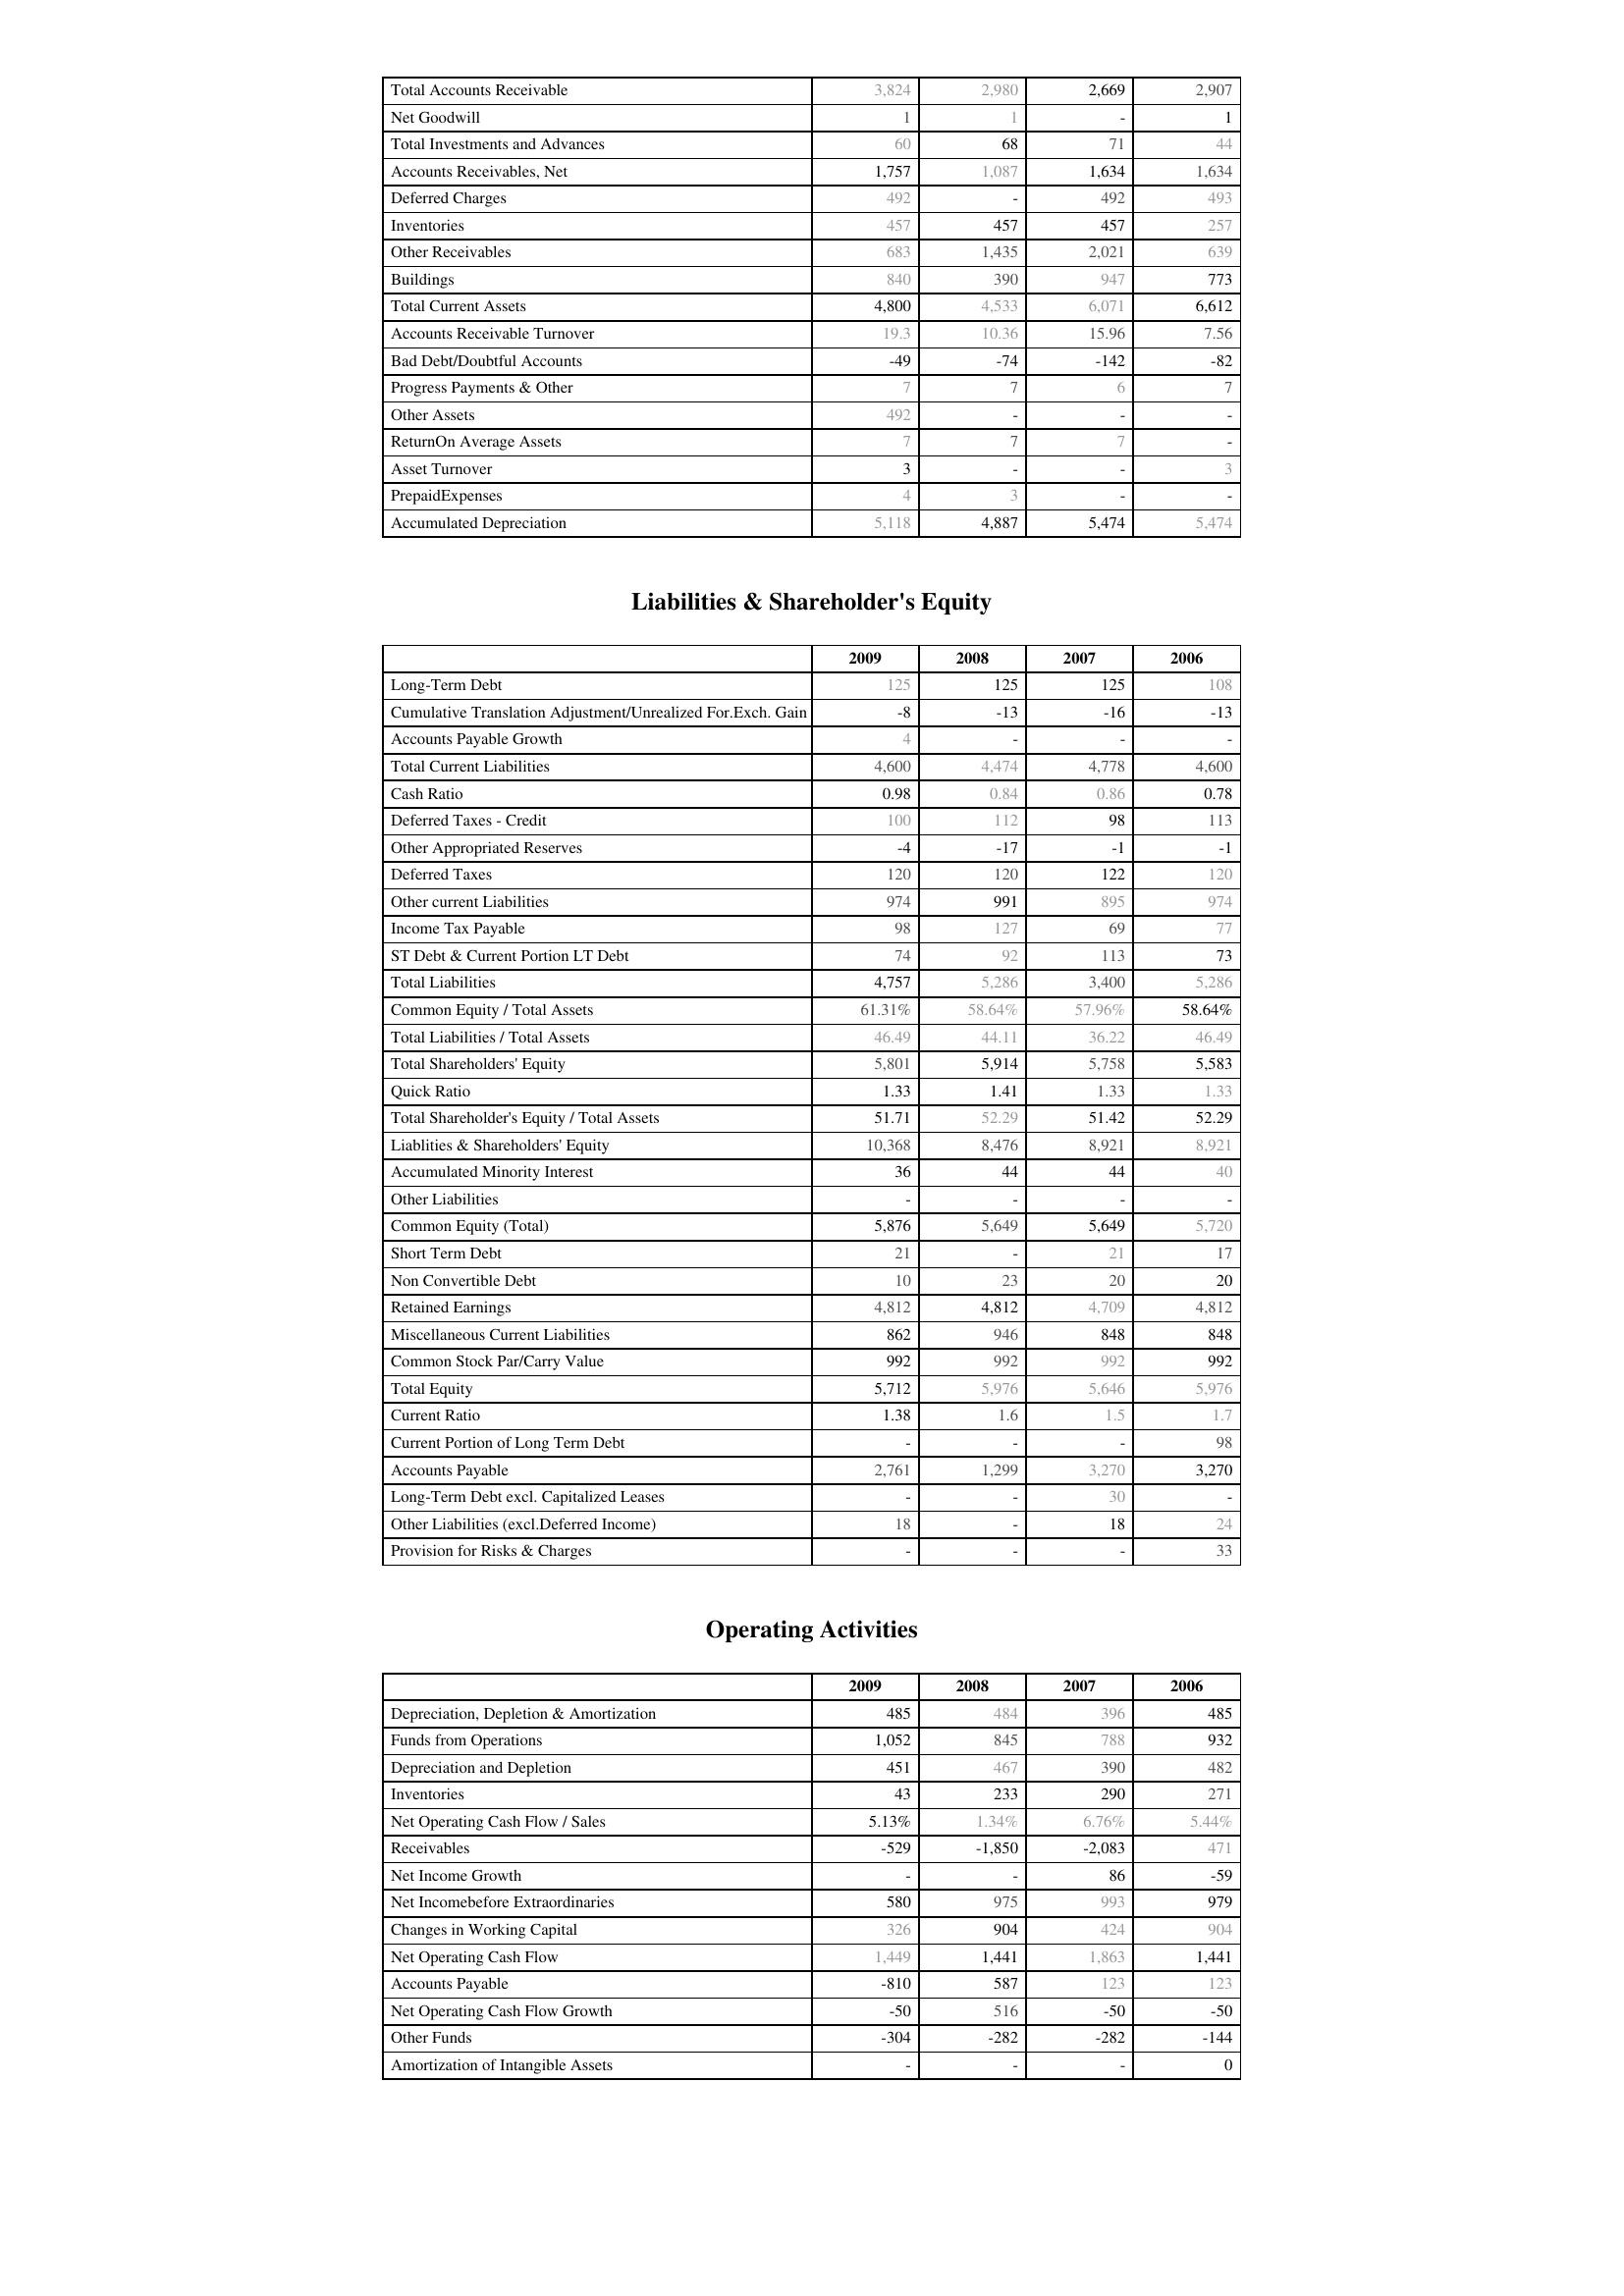
2009: Assets: Total Accounts Receivable: 3,824
Net Goodwill: 1
Total Investments and Advances: 60
Accounts Receivables, Net: 1,757
Deferred Charges: 492
Inventories: 457
Other Receivables: 683
Buildings: 840
Total Current Assets: 4,800
Accounts Receivable Turnover: 19.3
Bad Debt/Doubtful Accounts: -49
Progress Payments & Other: 7
Other Assets: 492
ReturnOn Average Assets: 7
Asset Turnover: 3
PrepaidExpenses: 4
Accumulated Depreciation: 5,118
Liabilities & Shareholder's Equity: Long-Term Debt: 125
Cumulative Translation Adjustment/Unrealized For.Exch. Gain: -8
Accounts Payable Growth: 4
Total Current Liabilities: 4,600
Cash Ratio: 0.98
Deferred Taxes - Credit: 100
Other Appropriated Reserves: -4
Deferred Taxes: 120
Other current Liabilities: 974
Income Tax Payable: 98
ST Debt & Current Portion LT Debt: 74
Total Liabilities: 4,757
Common Equity / Total Assets: 61.31%
Total Liabilities / Total Assets: 46.49
Total Shareholders' Equity: 5,801
Quick Ratio: 1.33
Total Shareholder's Equity / Total Assets: 51.71
Liablities & Shareholders' Equity: 10,368
Accumulated Minority Interest: 36
Other Liabilities: -
Common Equity (Total): 5,876
Short Term Debt: 21
Non Convertible Debt: 10
Retained Earnings: 4,812
Miscellaneous Current Liabilities: 862
Common Stock Par/Carry Value: 992
Total Equity: 5,712
Current Ratio: 1.38
Current Portion of Long Term Debt: -
Accounts Payable: 2,761
Long-Term Debt excl. Capitalized Leases: -
Other Liabilities (excl.Deferred Income): 18
Provision for Risks & Charges: -
Operating Activities: Depreciation, Depletion & Amortization: 485
Funds from Operations: 1,052
Depreciation and Depletion: 451
Inventories: 43
Net Operating Cash Flow / Sales: 5.13%
Receivables: -529
Net Income Growth: -
Net Incomebefore Extraordinaries: 580
Changes in Working Capital: 326
Net Operating Cash Flow: 1,449
Accounts Payable: -810
Net Operating Cash Flow Growth: -50
Other Funds: -304
Amortization of Intangible Assets: -
2008: Assets: Total Accounts Receivable: 2,980
Net Goodwill: 1
Total Investments and Advances: 68
Accounts Receivables, Net: 1,087
Deferred Charges: -
Inventories: 457
Other Receivables: 1,435
Buildings: 390
Total Current Assets: 4,533
Accounts Receivable Turnover: 10.36
Bad Debt/Doubtful Accounts: -74
Progress Payments & Other: 7
Other Assets: -
ReturnOn Average Assets: 7
Asset Turnover: -
PrepaidExpenses: 3
Accumulated Depreciation: 4,887
Liabilities & Shareholder's Equity: Long-Term Debt: 125
Cumulative Translation Adjustment/Unrealized For.Exch. Gain: -13
Accounts Payable Growth: -
Total Current Liabilities: 4,474
Cash Ratio: 0.84
Deferred Taxes - Credit: 112
Other Appropriated Reserves: -17
Deferred Taxes: 120
Other current Liabilities: 991
Income Tax Payable: 127
ST Debt & Current Portion LT Debt: 92
Total Liabilities: 5,286
Common Equity / Total Assets: 58.64%
Total Liabilities / Total Assets: 44.11
Total Shareholders' Equity: 5,914
Quick Ratio: 1.41
Total Shareholder's Equity / Total Assets: 52.29
Liablities & Shareholders' Equity: 8,476
Accumulated Minority Interest: 44
Other Liabilities: -
Common Equity (Total): 5,649
Short Term Debt: -
Non Convertible Debt: 23
Retained Earnings: 4,812
Miscellaneous Current Liabilities: 946
Common Stock Par/Carry Value: 992
Total Equity: 5,976
Current Ratio: 1.6
Current Portion of Long Term Debt: -
Accounts Payable: 1,299
Long-Term Debt excl. Capitalized Leases: -
Other Liabilities (excl.Deferred Income): -
Provision for Risks & Charges: -
Operating Activities: Depreciation, Depletion & Amortization: 484
Funds from Operations: 845
Depreciation and Depletion: 467
Inventories: 233
Net Operating Cash Flow / Sales: 1.34%
Receivables: -1,850
Net Income Growth: -
Net Incomebefore Extraordinaries: 975
Changes in Working Capital: 904
Net Operating Cash Flow: 1,441
Accounts Payable: 587
Net Operating Cash Flow Growth: 516
Other Funds: -282
Amortization of Intangible Assets: -
2007: Assets: Total Accounts Receivable: 2,669
Net Goodwill: -
Total Investments and Advances: 71
Accounts Receivables, Net: 1,634
Deferred Charges: 492
Inventories: 457
Other Receivables: 2,021
Buildings: 947
Total Current Assets: 6,071
Accounts Receivable Turnover: 15.96
Bad Debt/Doubtful Accounts: -142
Progress Payments & Other: 6
Other Assets: -
ReturnOn Average Assets: 7
Asset Turnover: -
PrepaidExpenses: -
Accumulated Depreciation: 5,474
Liabilities & Shareholder's Equity: Long-Term Debt: 125
Cumulative Translation Adjustment/Unrealized For.Exch. Gain: -16
Accounts Payable Growth: -
Total Current Liabilities: 4,778
Cash Ratio: 0.86
Deferred Taxes - Credit: 98
Other Appropriated Reserves: -1
Deferred Taxes: 122
Other current Liabilities: 895
Income Tax Payable: 69
ST Debt & Current Portion LT Debt: 113
Total Liabilities: 3,400
Common Equity / Total Assets: 57.96%
Total Liabilities / Total Assets: 36.22
Total Shareholders' Equity: 5,758
Quick Ratio: 1.33
Total Shareholder's Equity / Total Assets: 51.42
Liablities & Shareholders' Equity: 8,921
Accumulated Minority Interest: 44
Other Liabilities: -
Common Equity (Total): 5,649
Short Term Debt: 21
Non Convertible Debt: 20
Retained Earnings: 4,709
Miscellaneous Current Liabilities: 848
Common Stock Par/Carry Value: 992
Total Equity: 5,646
Current Ratio: 1.5
Current Portion of Long Term Debt: -
Accounts Payable: 3,270
Long-Term Debt excl. Capitalized Leases: 30
Other Liabilities (excl.Deferred Income): 18
Provision for Risks & Charges: -
Operating Activities: Depreciation, Depletion & Amortization: 396
Funds from Operations: 788
Depreciation and Depletion: 390
Inventories: 290
Net Operating Cash Flow / Sales: 6.76%
Receivables: -2,083
Net Income Growth: 86
Net Incomebefore Extraordinaries: 993
Changes in Working Capital: 424
Net Operating Cash Flow: 1,863
Accounts Payable: 123
Net Operating Cash Flow Growth: -50
Other Funds: -282
Amortization of Intangible Assets: -
2006: Assets: Total Accounts Receivable: 2,907
Net Goodwill: 1
Total Investments and Advances: 44
Accounts Receivables, Net: 1,634
Deferred Charges: 493
Inventories: 257
Other Receivables: 639
Buildings: 773
Total Current Assets: 6,612
Accounts Receivable Turnover: 7.56
Bad Debt/Doubtful Accounts: -82
Progress Payments & Other: 7
Other Assets: -
ReturnOn Average Assets: -
Asset Turnover: 3
PrepaidExpenses: -
Accumulated Depreciation: 5,474
Liabilities & Shareholder's Equity: Long-Term Debt: 108
Cumulative Translation Adjustment/Unrealized For.Exch. Gain: -13
Accounts Payable Growth: -
Total Current Liabilities: 4,600
Cash Ratio: 0.78
Deferred Taxes - Credit: 113
Other Appropriated Reserves: -1
Deferred Taxes: 120
Other current Liabilities: 974
Income Tax Payable: 77
ST Debt & Current Portion LT Debt: 73
Total Liabilities: 5,286
Common Equity / Total Assets: 58.64%
Total Liabilities / Total Assets: 46.49
Total Shareholders' Equity: 5,583
Quick Ratio: 1.33
Total Shareholder's Equity / Total Assets: 52.29
Liablities & Shareholders' Equity: 8,921
Accumulated Minority Interest: 40
Other Liabilities: -
Common Equity (Total): 5,720
Short Term Debt: 17
Non Convertible Debt: 20
Retained Earnings: 4,812
Miscellaneous Current Liabilities: 848
Common Stock Par/Carry Value: 992
Total Equity: 5,976
Current Ratio: 1.7
Current Portion of Long Term Debt: 98
Accounts Payable: 3,270
Long-Term Debt excl. Capitalized Leases: -
Other Liabilities (excl.Deferred Income): 24
Provision for Risks & Charges: 33
Operating Activities: Depreciation, Depletion & Amortization: 485
Funds from Operations: 932
Depreciation and Depletion: 482
Inventories: 271
Net Operating Cash Flow / Sales: 5.44%
Receivables: 471
Net Income Growth: -59
Net Incomebefore Extraordinaries: 979
Changes in Working Capital: 904
Net Operating Cash Flow: 1,441
Accounts Payable: 123
Net Operating Cash Flow Growth: -50
Other Funds: -144
Amortization of Intangible Assets: 0